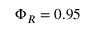
\Phi _ { R } = 0 . 9 5